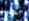
أحدنا